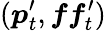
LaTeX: (\boldsymbol{p}_{t}^{\prime},\boldsymbol{ff}_{t}^{\prime})